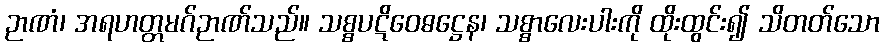
ဉာဏံ၊ အရဟတ္တမဂ်ဉာဏ်သည်။ သစ္စပဋိဝေဓဋ္ဌေန၊ သစ္စာလေးပါးကို ထိုးထွင်း၍ သိတတ်သော